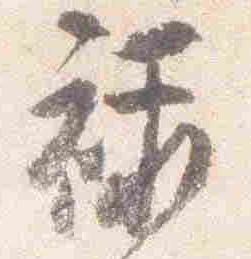
禄